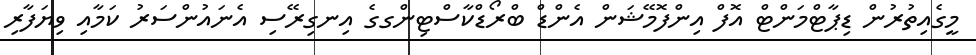
މީގެއިތުރުން ޑިޕާޓްމަންޓް އޮފް އިންފޮމޭޝަން އެންޑް ބްރޯޑްކާސްޓިންގގެ އިނގިރޭސި އެނައުންސަރު ކަމާއި ވިޔަފާރި